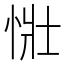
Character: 𢙳